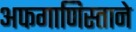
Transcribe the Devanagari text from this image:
अफगाणिस्ताने